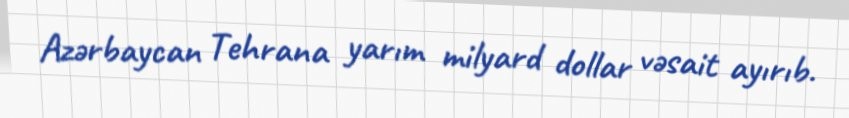
Azərbaycan Tehrana yarım milyard dollar vəsait ayırıb.